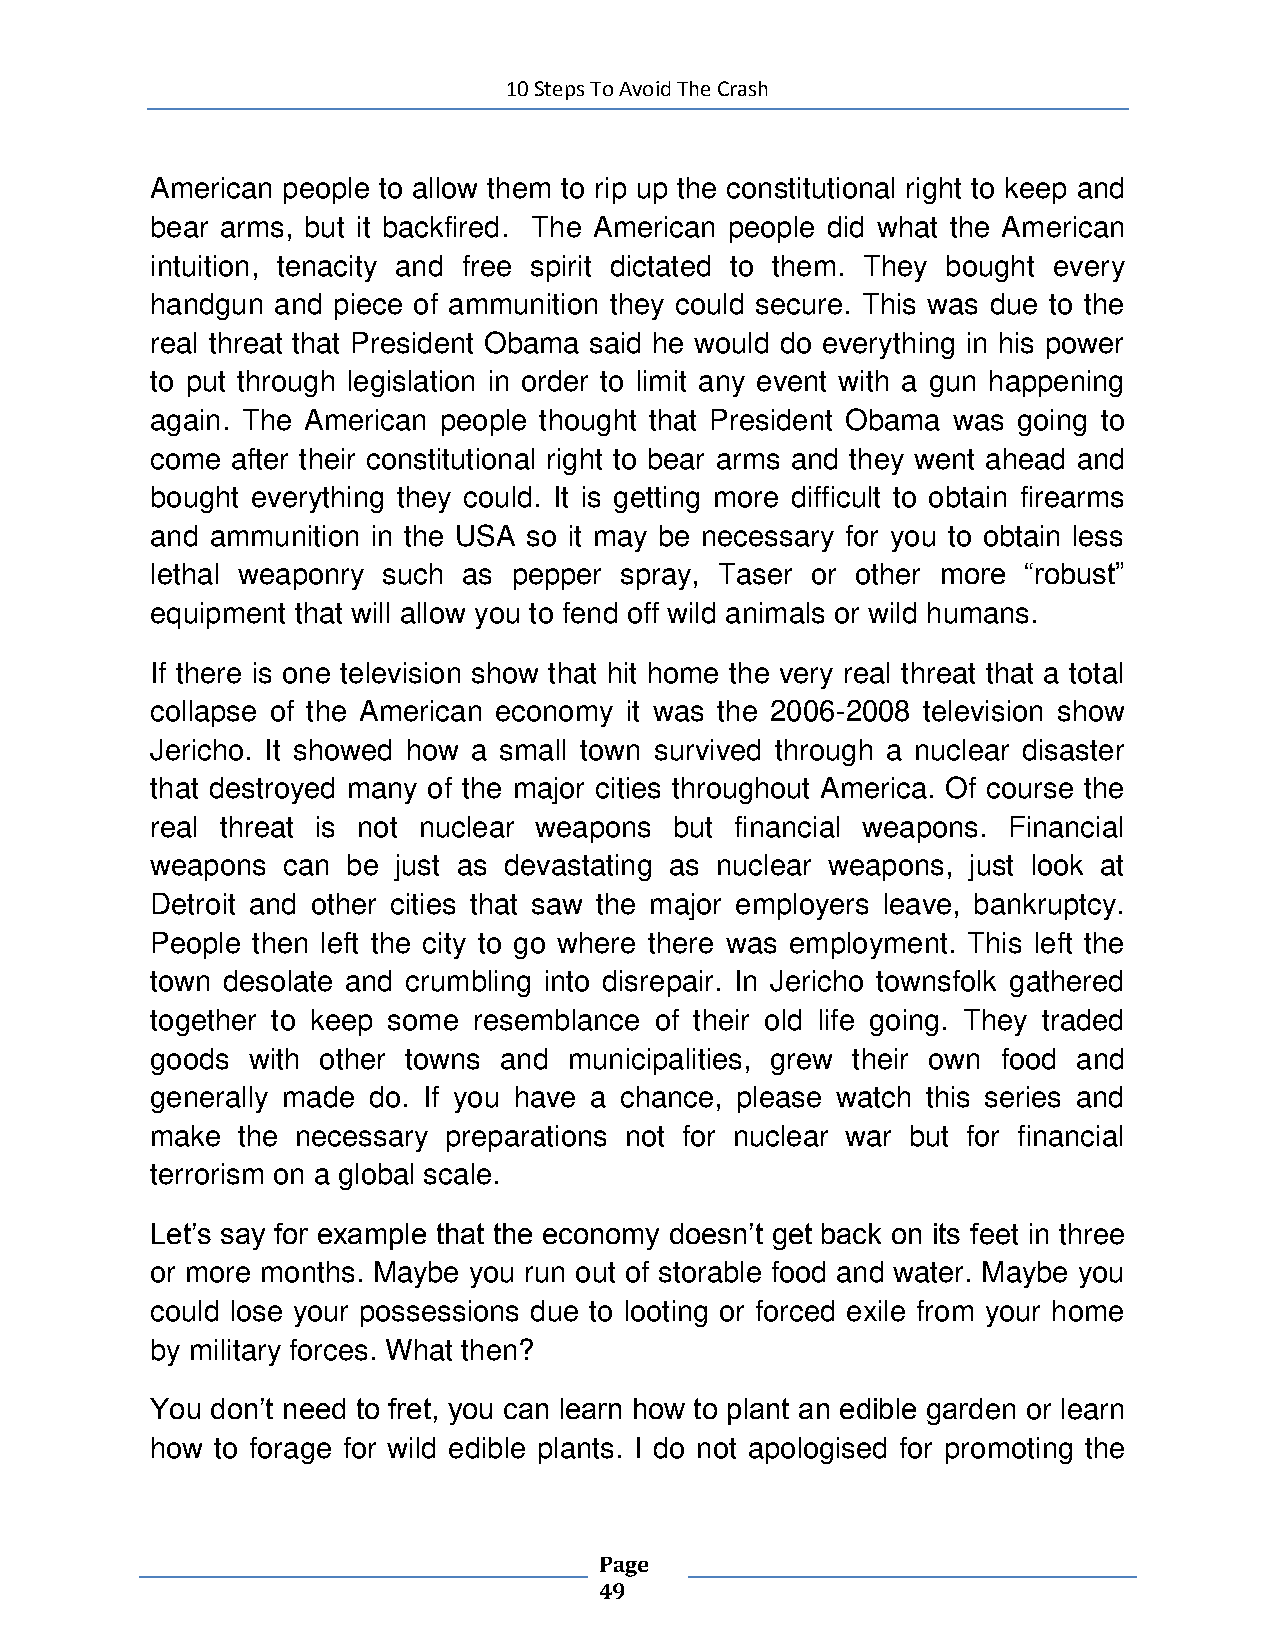
10 Steps To Avoid The Crash
 American people to allow them to rip up the constitutional right to keep and
 bear arms, but it backfired. The American people did what the American
 intuition, tenacity and free spirit dictated to them. They bought every
 handgun and piece of ammunition they could secure. This was due to the
 real threat that President Obama said he would do everything in his power
 to put through legislation in order to limit any event with a gun happening
 again. The American people thought that President Obama was going to
 come after their constitutional right to bear arms and they went ahead and
 bought everything they could. It is getting more difficult to obtain firearms
 and ammunition in the USA so it may be necessary for you to obtain less
 lethal weaponry such as pepper spray, Taser or other more “robust”
 equipment that will allow you to fend off wild animals or wild humans.
 If there is one television show that hit home the very real threat that a total
 collapse of the American economy it was the 2006-2008 television show
 Jericho. It showed how a small town survived through a nuclear disaster
 that destroyed many of the major cities throughout America. Of course the
 real threat is not nuclear weapons but financial weapons. Financial
 weapons  can be just as devastating as nuclear weapons, just look at
 Detroit and other cities that saw the major employers leave, bankruptcy.
 People then left the city to go where there was employment. This left the
 town desolate and crumbling into disrepair. In Jericho townsfolk gathered
 together to keep some resemblance of their old life going. They traded
 goods with other towns and  municipalities, grew their own food and
 generally made do. If you have a chance, please watch this series and
 make  the necessary preparations not for nuclear war but for financial
 terrorism on a global scale.
 Let’s say for example that the economy doesn’t get back on its feet in three
 or more months. Maybe you run out of storable food and water. Maybe you
 could lose your possessions due to looting or forced exile from your home
 by military forces. What then?
 You don’t need to fret, you can learn how to plant an edible garden or learn
 how to forage for wild edible plants. I do not apologised for promoting the
 Page
 49